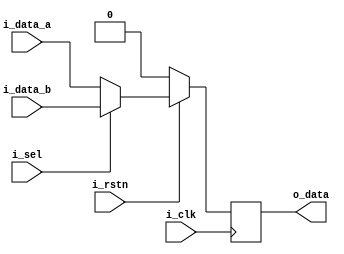
module mux
(
	output	reg 		o_data,
	input				i_data_a,
	input				i_data_b,
	input				i_sel,
	input				i_clk,
	input				i_rstn
);

wire o_ff;

	assign o_ff = (i_sel) ? i_data_b : i_data_a;
	always @(posedge i_clk) begin
		if(!i_rstn) begin
			o_data	= 0;
		end else begin
			o_data <= o_ff;
		end
	end
	
endmodule